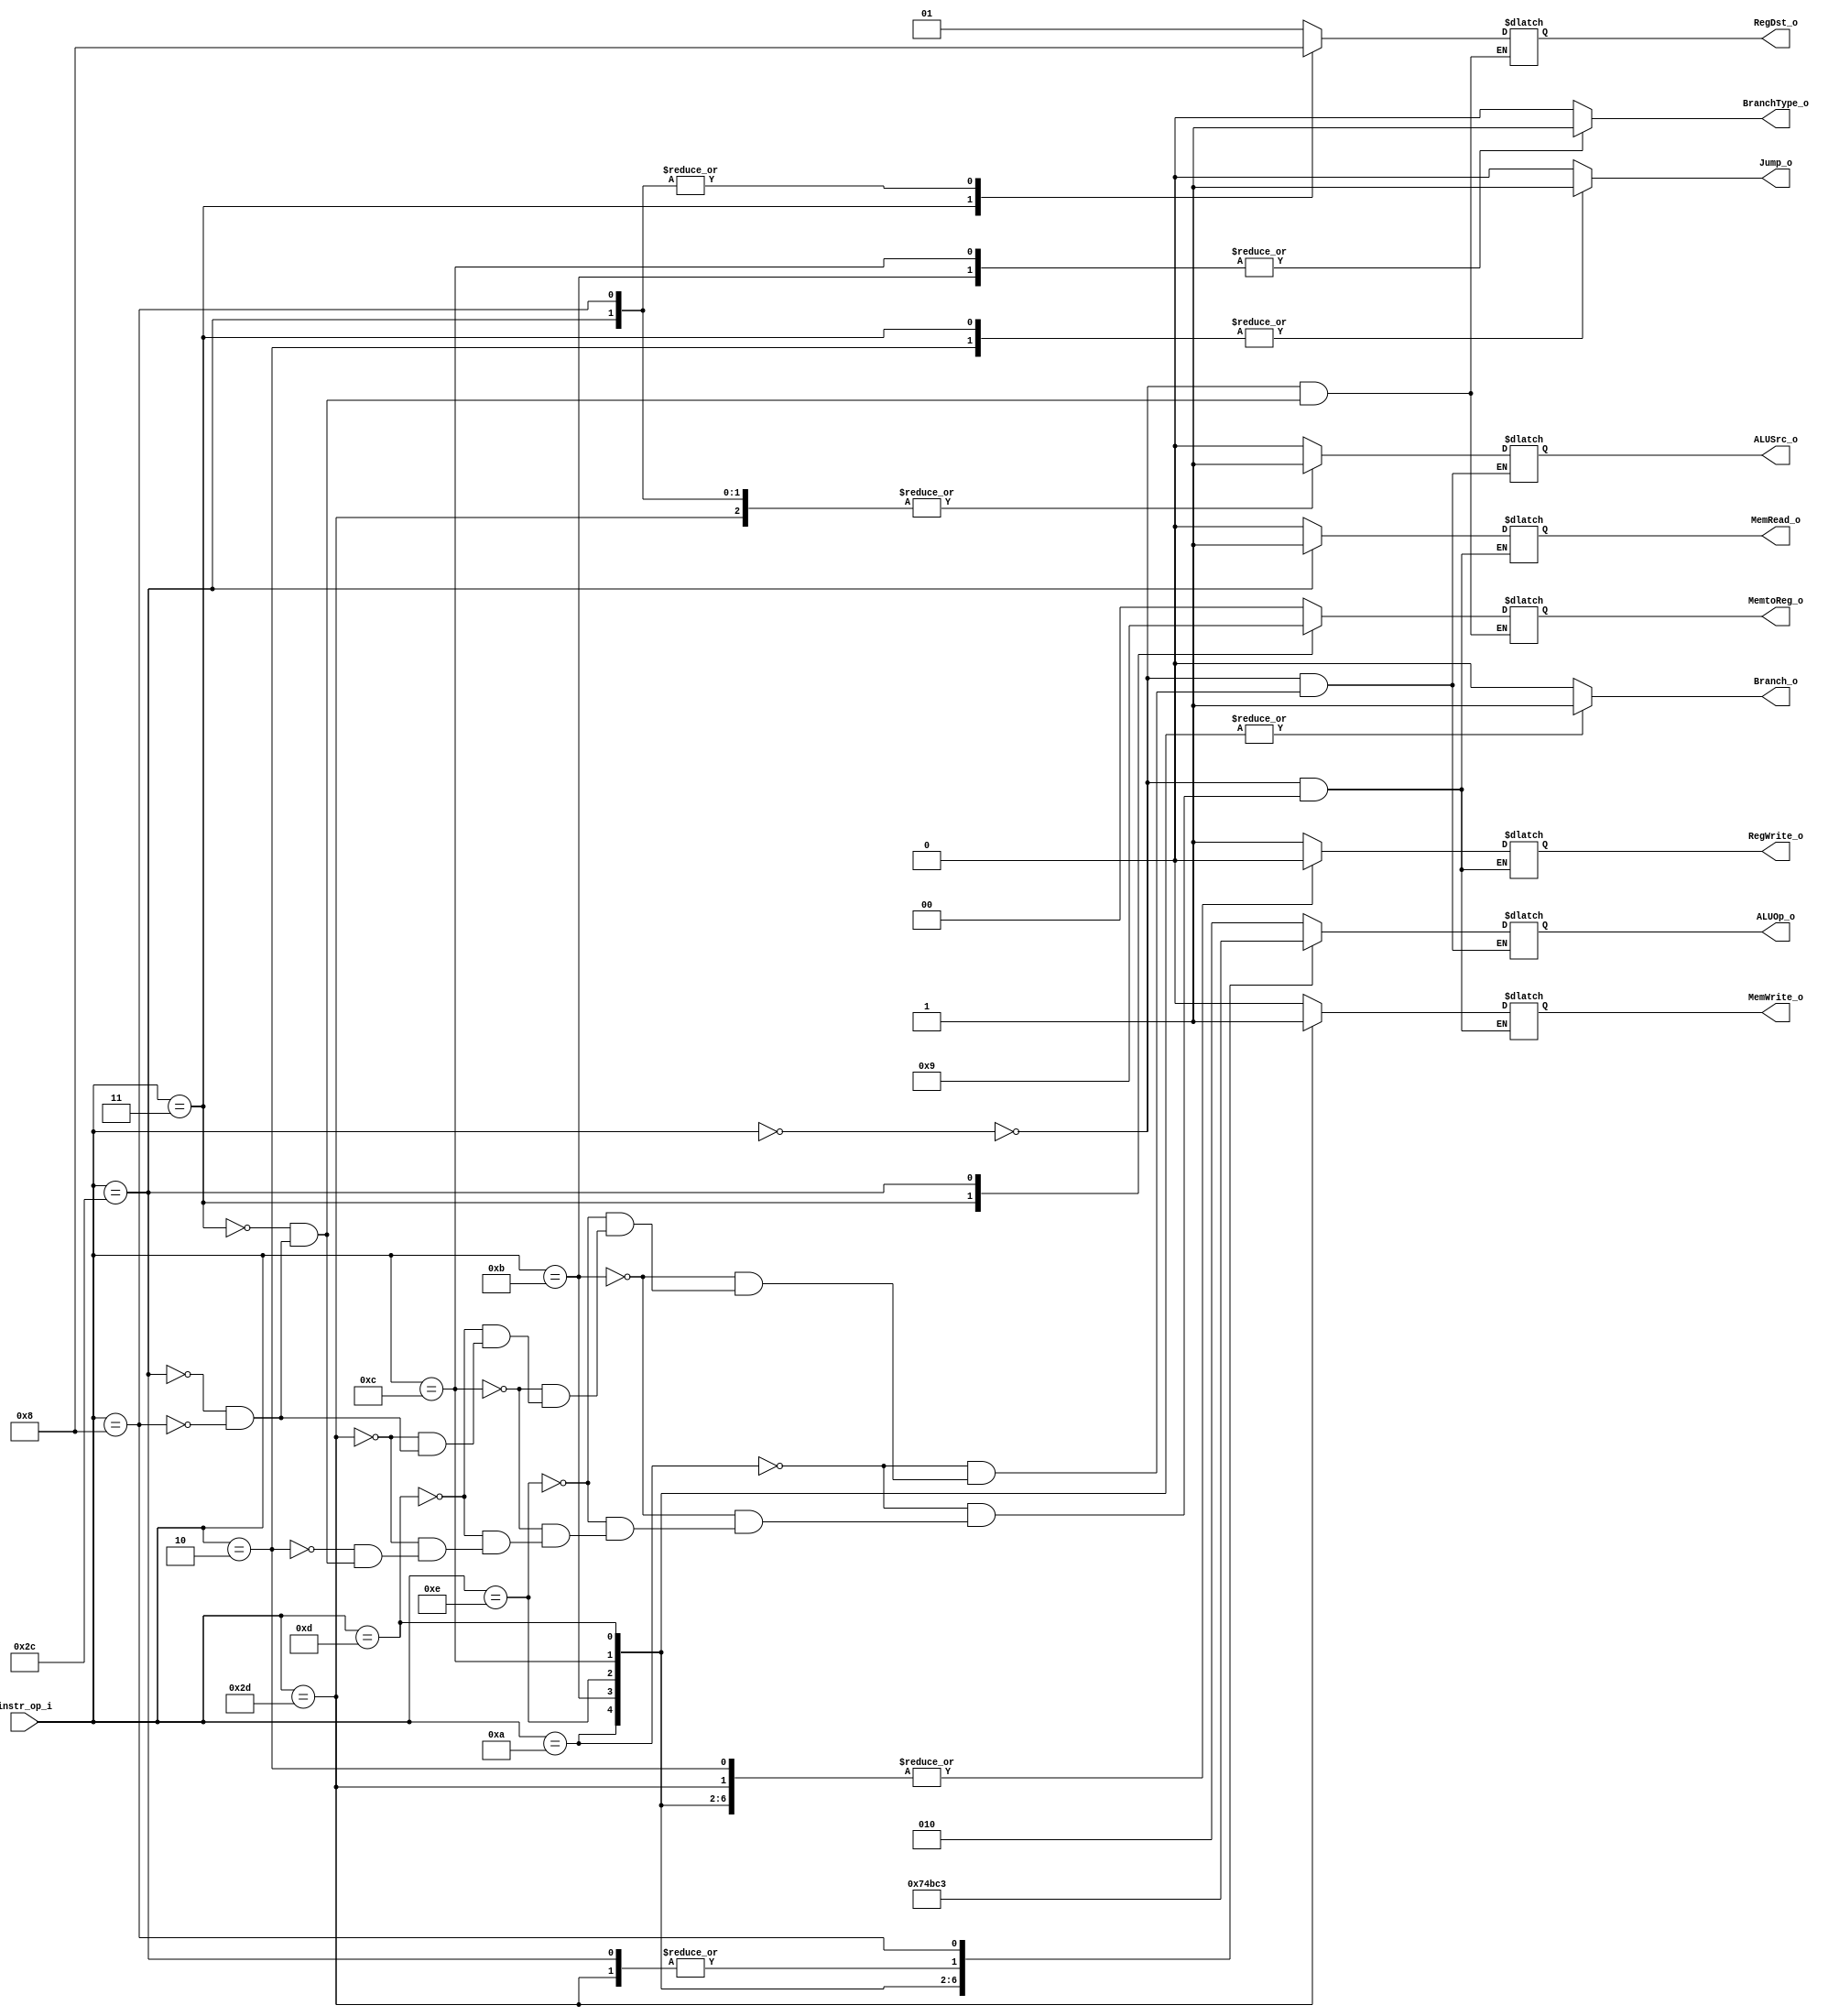
module Decoder( instr_op_i, RegWrite_o,	ALUOp_o, ALUSrc_o, RegDst_o, Jump_o, Branch_o, BranchType_o, MemWrite_o, MemRead_o, MemtoReg_o);
     
//I/O ports
input	[6-1:0] instr_op_i;

output			RegWrite_o;
output	[3-1:0] ALUOp_o;
output			ALUSrc_o;
output	[2-1:0]	RegDst_o, MemtoReg_o;
output			Jump_o, Branch_o, BranchType_o, MemWrite_o, MemRead_o;
 
//Internal Signals
wire	[3-1:0] ALUOp_o;
wire			ALUSrc_o;
wire			RegWrite_o;
wire	[2-1:0]	RegDst_o, MemtoReg_o;
wire			Jump_o, Branch_o, BranchType_o, MemWrite_o, MemRead_o;

//Main function
/*your code here*/

reg RegWrite_o1;
reg [3-1:0] ALUOp_o1;
reg ALUSrc_o1;
reg [2-1:0]	RegDst_o1, MemtoReg_o1;
reg Jump_o1, Branch_o1, BranchType_o1, MemWrite_o1, MemRead_o1;

always@(instr_op_i)
begin
  case(instr_op_i)
    6'b000000: // R-Type
      begin
        RegWrite_o1 = 1;
        ALUOp_o1 = 3'b010;
	    ALUSrc_o1 = 0;
        RegDst_o1 = 2'b01;
		Jump_o1 = 0;
		Branch_o1 = 0;
		BranchType_o1 = 0;
		MemWrite_o1 = 0;
		MemRead_o1 = 0;
		MemtoReg_o1 = 2'b00;
      end
	6'b001010: //beq
	  begin
        RegWrite_o1 = 0;
        ALUOp_o1 = 3'b001;
	    ALUSrc_o1 = 0;
		Jump_o1 = 0;
		Branch_o1 = 1;
		BranchType_o1 = 0;
		MemWrite_o1 = 0;
		MemRead_o1 = 0;
		
      end
	6'b001011: //bne
	  begin
        RegWrite_o1 = 0;
        ALUOp_o1 = 3'b110;
	    ALUSrc_o1 = 0;
		Jump_o1 = 0;
		Branch_o1 = 1;
		BranchType_o1 = 1;
		MemWrite_o1 = 0;
		MemRead_o1 = 0;
      end
	6'b001110: //blt
	  begin
        RegWrite_o1 = 0;
	    ALUSrc_o1 = 0;
		ALUOp_o1 = 3'b100;
		Jump_o1 = 0;
		Branch_o1 = 1;
		BranchType_o1 = 0;
		MemWrite_o1 = 0;
		MemRead_o1 = 0;
      end
	6'b001100: //bnez
	  begin
        RegWrite_o1 = 0;
	    ALUSrc_o1 = 0;
		ALUOp_o1 = 3'b101;
		Jump_o1 = 0;
		Branch_o1 = 1;
		BranchType_o1 = 1;
		MemWrite_o1 = 0;
		MemRead_o1 = 0;
      end
	6'b001101: //bgez
	  begin
        RegWrite_o1 = 0;
	    ALUSrc_o1 = 0;
		ALUOp_o1 = 3'b111;
		Jump_o1 = 0;
		Branch_o1 = 1;
		BranchType_o1 = 0;
		MemWrite_o1 = 0;
		MemRead_o1 = 0;
      end
	6'b101101: //sw
	  begin
        RegWrite_o1 = 0;
        ALUOp_o1 = 3'b000;
	    ALUSrc_o1 = 1;
		Jump_o1 = 0;
		Branch_o1 = 0;
		BranchType_o1 = 0;
		MemWrite_o1 = 1;
		MemRead_o1 = 0;
      end
	6'b000010: //jump
	  begin
	    RegWrite_o1 = 0;
		Jump_o1 = 1;
		Branch_o1 = 0;
		BranchType_o1 = 0;
		MemRead_o1 = 0;
		MemWrite_o1 = 0;
      end
	6'b000011: //jal
	  begin
	    RegWrite_o1 = 1;
		Jump_o1 = 1;
		RegDst_o1 = 2'b10;
		Branch_o1 = 0;
		BranchType_o1 = 0;
		MemtoReg_o1 = 2'b10;
		MemWrite_o1 = 0;
		MemRead_o1 = 0;
      end
	6'b101100: //lw
	  begin
        RegWrite_o1 = 1;
        ALUOp_o1 = 3'b000;
	    ALUSrc_o1 = 1;
        RegDst_o1 = 2'b00;
		Jump_o1 = 0;
		Branch_o1 = 0;
		BranchType_o1 = 0;
		MemWrite_o1 = 0;
		MemRead_o1 = 1;
		MemtoReg_o1 = 2'b01;
      end
    6'b001000: //addi
      begin
        RegWrite_o1 = 1;
        ALUOp_o1 = 3'b011;
        ALUSrc_o1 = 1;
        RegDst_o1 = 2'b00;
		Jump_o1 = 0;
		Branch_o1 = 0;
		BranchType_o1 = 0;
		MemWrite_o1 = 0;
		MemRead_o1 = 0;
		MemtoReg_o1 = 2'b00;
	  end
	default:
	  begin
		Jump_o1 = 0;
		Branch_o1 = 0;
		BranchType_o1 = 0;
      end

  endcase
end

assign  RegWrite_o = RegWrite_o1;
assign  ALUOp_o = ALUOp_o1;
assign  ALUSrc_o = ALUSrc_o1;
assign  RegDst_o = RegDst_o1;
assign  Jump_o = Jump_o1;
assign  Branch_o = Branch_o1;
assign	BranchType_o = BranchType_o1;
assign	MemWrite_o = MemWrite_o1;
assign	MemRead_o = MemRead_o1;
assign	MemtoReg_o = MemtoReg_o1;

endmodule